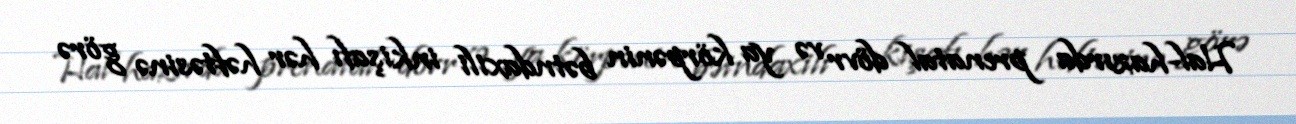
Hal-hazırda prenatal dövr və ya körpənin bətndaxili inkişafı hər həftəsinə görə